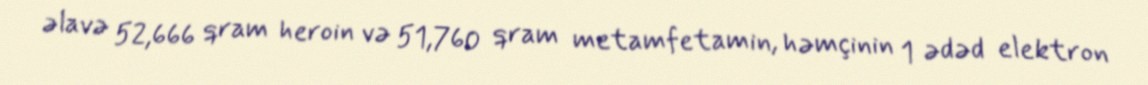
əlavə 52,666 qram heroin və 51,760 qram metamfetamin, həmçinin 1 ədəd elektron